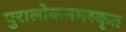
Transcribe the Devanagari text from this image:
पुरालोकनमस्कृत